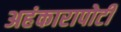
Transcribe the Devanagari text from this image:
अहंकारापोटी